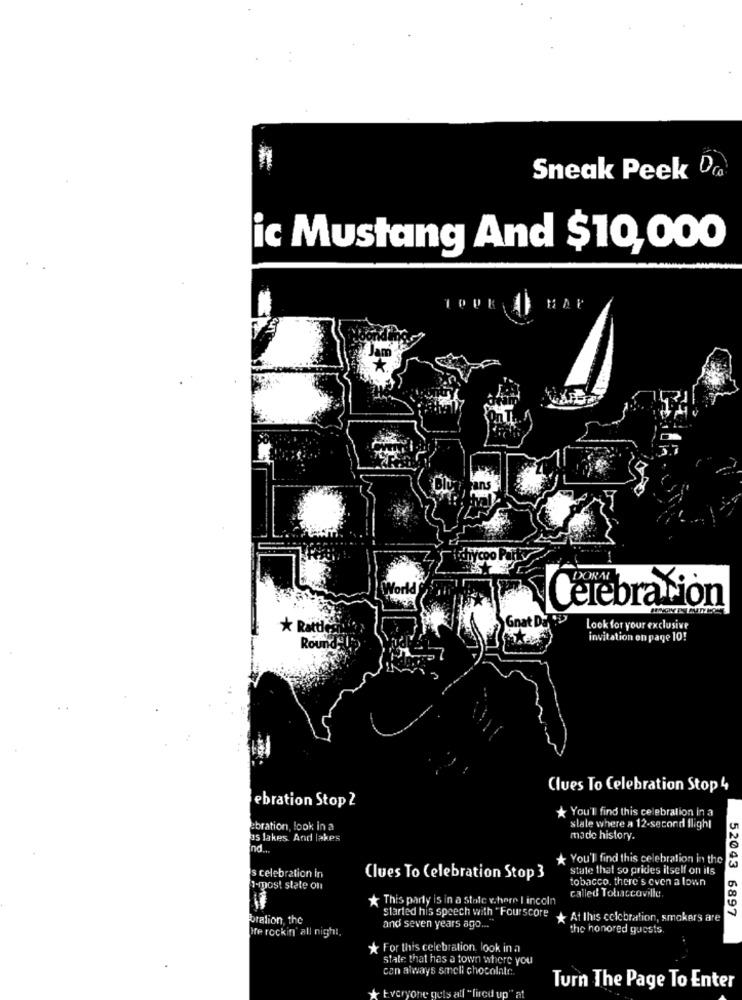
Sneak Peek Dca
ic Mustang And $10,000
HA
hyco
Celebration
Gnat DaTD
* Rattles
Look for your exclusive
Round
invitation on page 10!
Clues To Celebration Stop 4
ebration Stop 2
* You'll find this celebration in a
ebration, look in a
slale where a 12-second flight
as lakes. And lakes
made history.
Ind ...
You'll find this celebration in the
state that so prides itself on ils
s celebration in
Clues To Celebration Stop 3
tobacco. there's even a lown
1-most state on
called Tobaccoville.
* This party is in a stale v.here I incoln
Started his speech with "Fourscore
52043 6897
Foralion, the
+ At this celebration, smokers are
Ife rockin' all night,
and seven years ago ...
the honored guests
* For this celebration look in a
State that has a town where you
can always smell chocolale.
" Everyone gets all "fired up";
Turn The Page To Enter